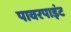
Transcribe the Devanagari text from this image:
पावरपाइंट